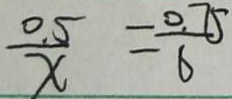
\frac { 0 . 5 } { x } = \frac { 0 . 7 5 } { 6 }